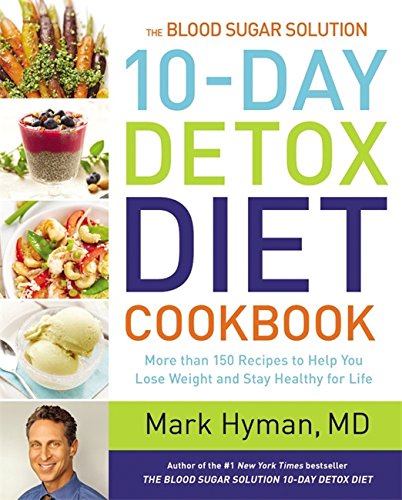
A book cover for The Blood Sugar Solution 10-Day Detox Diet Cookbook: More than 150 Recipes to Help You Lose Weight and Stay Healthy for Life; Mark Hyman; Cookbooks, Food & Wine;